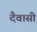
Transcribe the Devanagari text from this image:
दैवासी